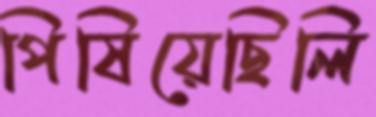
পিষিয়েছিলি